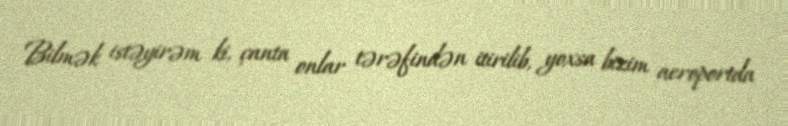
Bilmək istəyirəm ki, çanta onlar tərəfindən itirilib, yoxsa bizim aeroportda